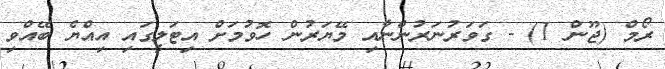
ރޯމް (ޖޫން 1) - ގަވަރުނަރުންނާއި މޭޔަރުން ހޮވުމަށް އިޓަލީގައި އިއްޔެ ބޭއްވި